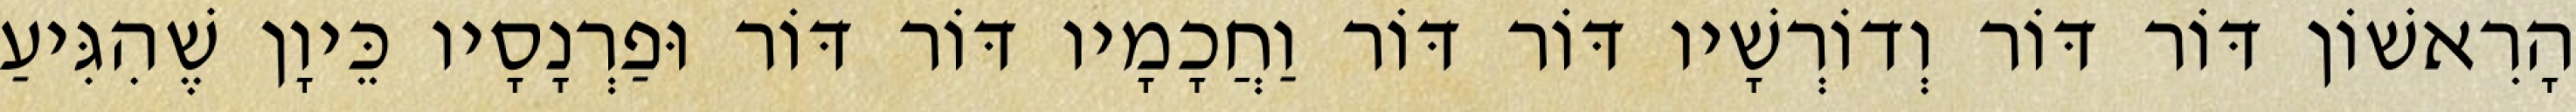
הָרִאשׁוֹן דּוֹר דּוֹר וְדוֹרְשָׁיו דּוֹר דּוֹר וַחֲכָמָיו דּוֹר דּוֹר וּפַרְנָסָיו כֵּיוָן שֶׁהִגִּיעַ